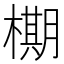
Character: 𬄙